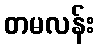
တမလန်း